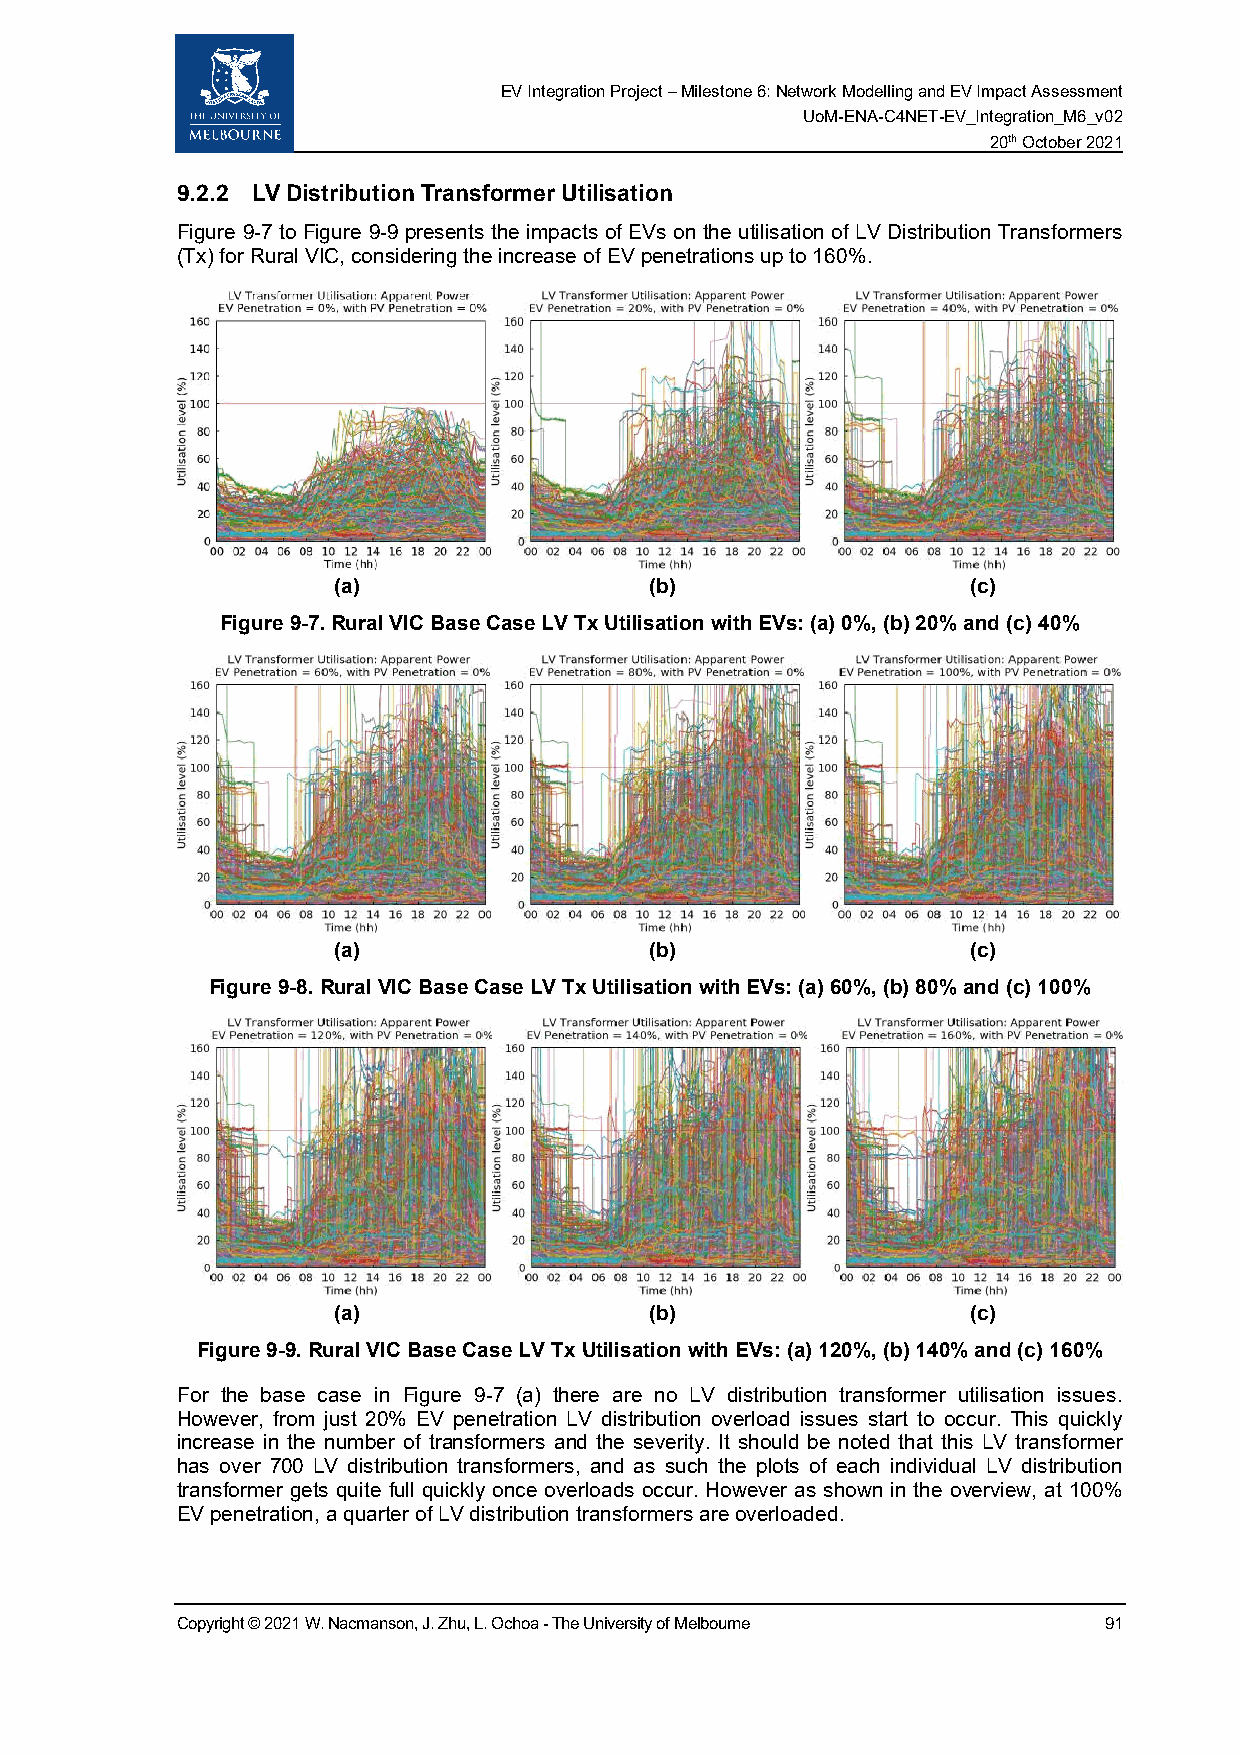
EV Integration Project – Milestone 6: Network Modelling and EV Impact Assessment
 UoM-ENA-C4NET-EV_Integration_M6_v02
 20th October 2021
 9.2.2 LV Distribution Transformer Utilisation
 Figure 9-7 to Figure 9-9 presents the impacts of EVs on the utilisation of LV Distribution Transformers
 (Tx) for Rural VIC, considering the increase of EV penetrations up to 160%.
 (a)                  (b)                  (c)
 Figure 9-7. Rural VIC Base Case LV Tx Utilisation with EVs: (a) 0%, (b) 20% and (c) 40%
 (a)                  (b)                  (c)
 Figure 9-8. Rural VIC Base Case LV Tx Utilisation with EVs: (a) 60%, (b) 80% and (c) 100%
 (a)                  (b)                  (c)
 Figure 9-9. Rural VIC Base Case LV Tx Utilisation with EVs: (a) 120%, (b) 140% and (c) 160%
 For the base case in Figure 9-7 (a) there are no LV distribution transformer utilisation issues.
 However, from just 20% EV penetration LV distribution overload issues start to occur. This quickly
 increase in the number of transformers and the severity. It should be noted that this LV transformer
 has over 700 LV distribution transformers, and as such the plots of each individual LV distribution
 transformer gets quite full quickly once overloads occur. However as shown in the overview, at 100%
 EV penetration, a quarter of LV distribution transformers are overloaded.
 Copyright © 2021 W. Nacmanson, J. Zhu, L. Ochoa - The University of Melbourne 91